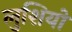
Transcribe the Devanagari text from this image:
लुशियो